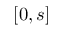
[ 0 , s ]